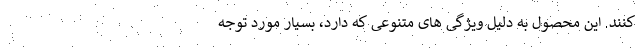
کنند. این محصول به دلیل ویژگی های متنوعی که دارد، بسیار مورد توجه